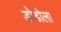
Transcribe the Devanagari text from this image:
डोडोला